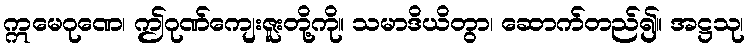
ဣမေဂုဏေ၊ ဤဂုဏ်ကျေးဇူးတို့ကို။ သမာဒိယိတွာ၊ ဆောက်တည်၍။ အဋ္ဌသု၊